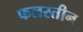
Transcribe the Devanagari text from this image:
फलस्तीन